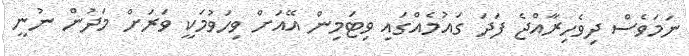
ނަމަވެސް ދިވެހިރާއްޖެ ފަދަ ގައުމެއްގައި ވިޓަމިން އޭއަށް ވިހަވުމަކީ ވަރަށް މަދުން ނުނީ